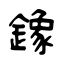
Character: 鐌